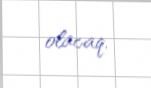
olacaq.